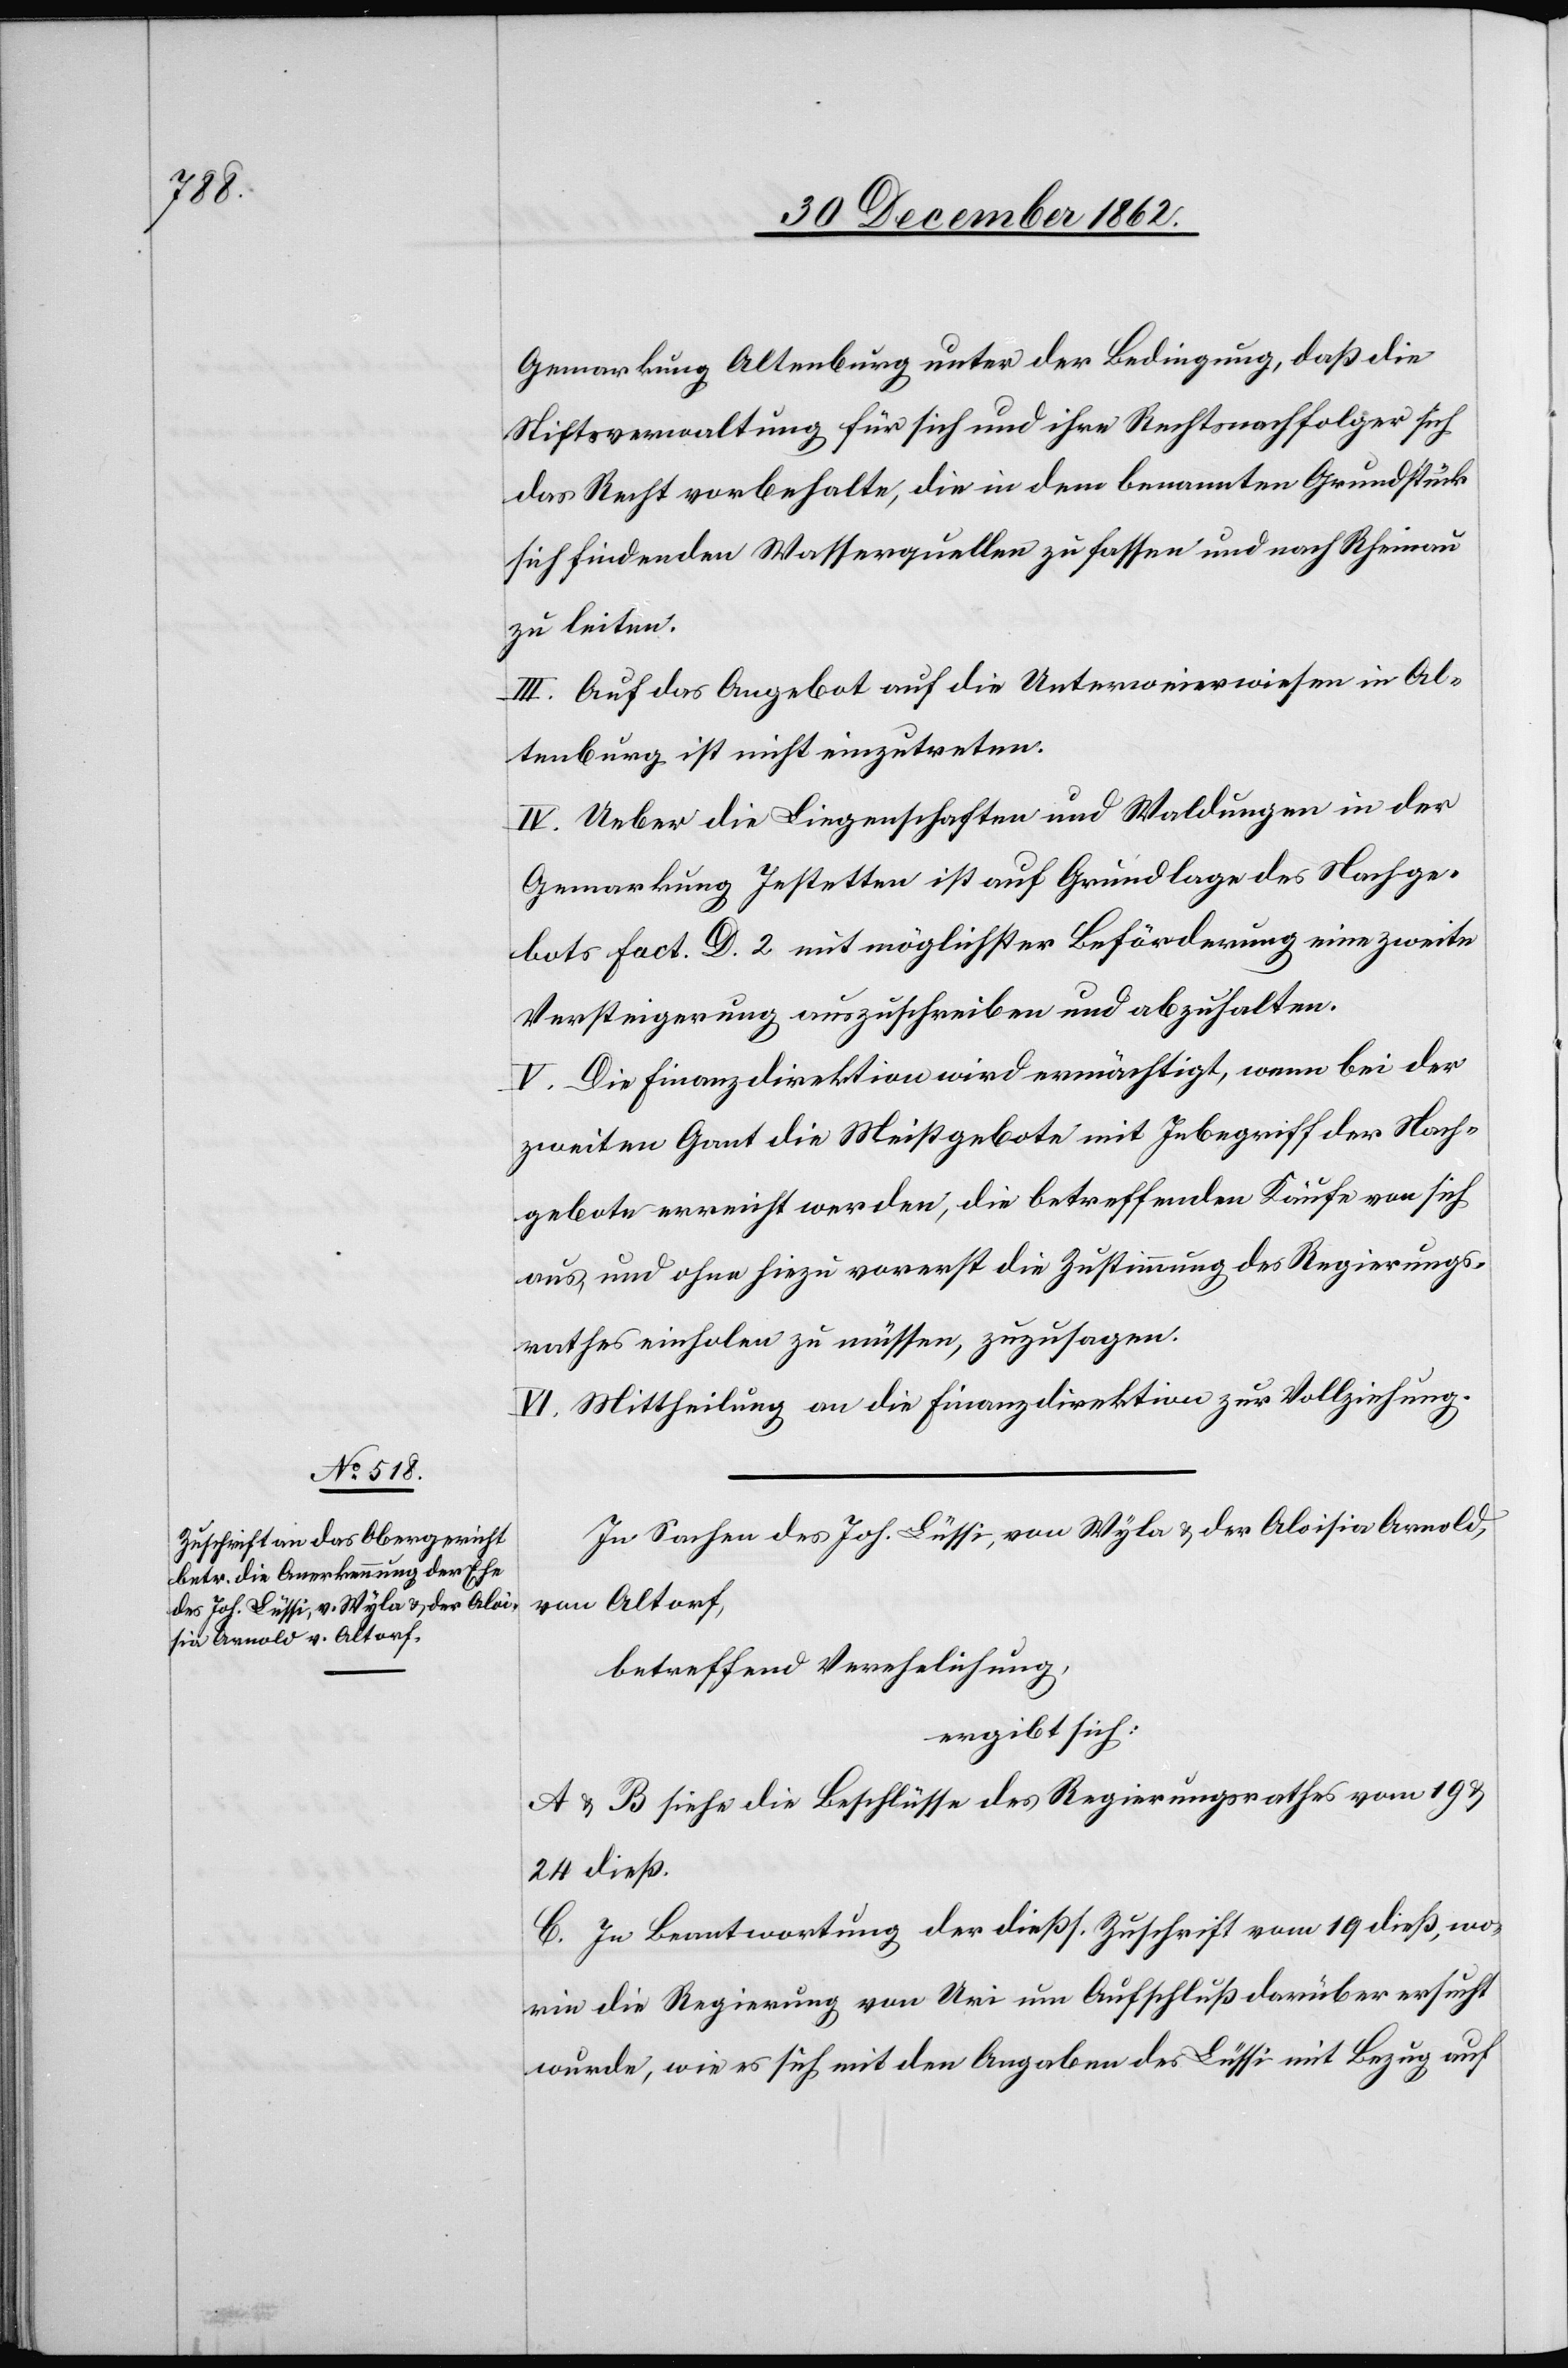
Gemarkung Altenburg unter der Bedingung, daß die
Stiftsverwaltung für sich und ihre Rechtsnachfolger sich
das Recht vorbehalten, die in dem benannten Grundstück
sich findenden Wasserwellen zu fassen und nach Rheinau
zu leiten.
III. Auf das Angebot auf die Unterweierwiesen in Al¬
tenburg ist nicht einzutreten.
IV. Ueber die Liegenschaften und Waldungen in der
Gemarkung Jestetten ist auf Grundlage des Nachge¬
bots Fact. D. 2 mit möglichster Beförderung eine zweite
Versteigerung auszuschreiben und abzuhalten.
V. Die Finanzdirektion wird ermächtigt, wenn bei der
zweiten Gant die Meistgebote mit Inbegriff der Nach¬
gebote erreicht werden, die betreffenden Käufe von sich
aus und ohne hiezu vorerst die Zustimmung des Regierungs¬
rathes einholen zu müssen, zuzusagen.
VI. Mittheilung an die Finanzdirektion zur Vollziehung.
In Sachen des Joh. Lüssi, von Wyla u. der Aloisia Arnold,
von Altorf,
betreffend Verehelichung
ergibt sich:
A u. B siehe die Beschlüsse des Regierungsrathes vom 19.
24. dieß.
C. In Beantwortung der dießs. Zuschrift vom 19. dieß, wo¬
rin die Regierung von Uri um Aufschluß darüber ersucht
wurde, wie es sich mit den Angaben des Lüssi mit Bezug auf